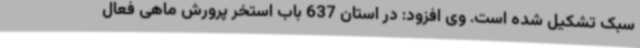
سبک تشکیل شده است. وی افزود: در استان 637 باب استخر پرورش ماهی فعال